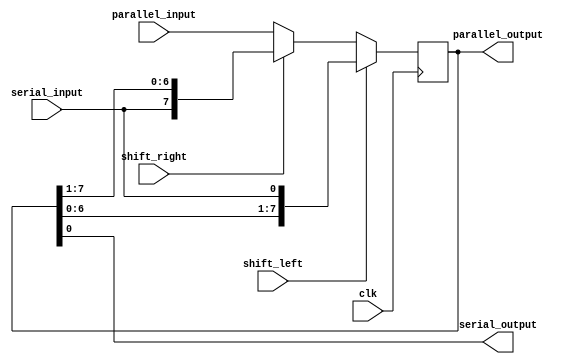
module shift_register(
    input wire clk,
    input wire shift_left,
    input wire shift_right,
    input wire [7:0] parallel_input,
    input wire serial_input,
    output reg [7:0] parallel_output,
    output reg serial_output
);

reg [7:0] reg_data;

always @ (posedge clk) begin
    if(shift_left) begin
        reg_data <= {reg_data[6:0], serial_input};
    end else if(shift_right) begin
        reg_data <= {serial_input, reg_data[7:1]};
    end else begin
        reg_data <= parallel_input;
    end
end

assign parallel_output = reg_data;
assign serial_output = reg_data[0];

endmodule